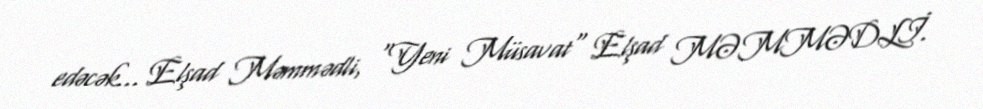
edəcək... Elşad Məmmədli, "Yeni Müsavat" Elşad MƏMMƏDLİ.